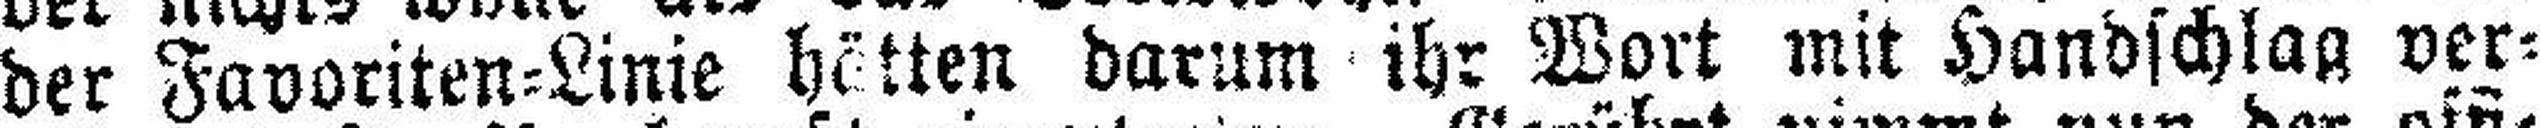
der Favoriten=Linie hätten darum ihr Wort mit Handschlag ver¬